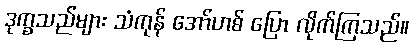
ဒုက္ခသည်များ သံကုန် အော်ဟစ် ပြော လိုက်ကြသည်။